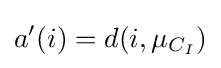
a'(i)=d(i,\mu _{C_{I}})